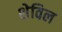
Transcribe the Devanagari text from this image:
शेविल